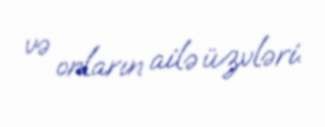
və onların ailə üzvləri.